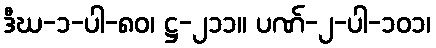
ဒီဃ-၁-ပါ-၈၀၊ ဋ္ဌ-၂၁၁။ ပဏ်-၂-ပါ-၁၀၁၊